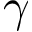
\gamma